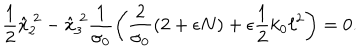
\frac { 1 } { 2 } \hat { x } _ { 2 } ^ { ~ 2 } - \hat { x } _ { 3 } ^ { ~ 2 } \frac { 1 } { \sigma _ { 0 } } \left( \frac { 2 } { \sigma _ { 0 } } ( 2 + \epsilon N ) + \epsilon \frac { 1 } { 2 } k _ { 0 } \ell ^ { 2 } \right) = 0 .